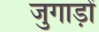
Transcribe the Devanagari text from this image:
जुगाड़ों